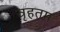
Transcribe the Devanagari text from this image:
वृहतम